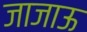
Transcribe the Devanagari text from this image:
जाजाऊ